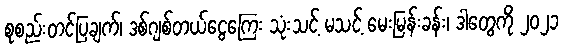
စုစည်းတင်ပြချက်၊ ဒစ်ဂျစ်တယ်ငွေကြေး သုံးသင့် မသင့် မေးမြန်းခန်း၊ ဒါတွေကို ၂၀၂၁